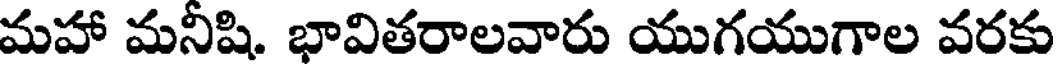
మహా మనీషి. భావితరాలవారు యుగయుగాల వరకు